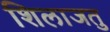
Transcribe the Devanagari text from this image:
शिलाजतु